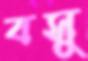
বসু